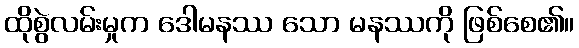
ထိုစွဲလမ်းမှုက ဒေါမနဿ သော မနဿကို ဖြစ်စေ၏။